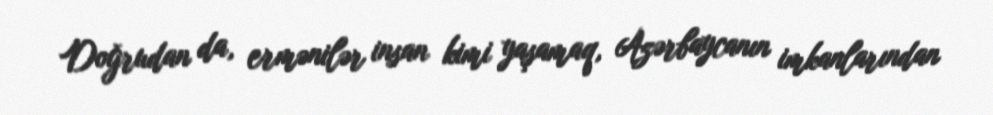
Doğrudan da, ermənilər insan kimi yaşamaq, Azərbaycanın imkanlarından